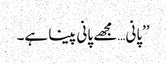
’’پانی…مجھے پانی پینا ہے۔